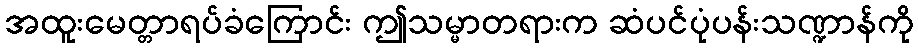
အထူးမေတ္တာရပ်ခံကြောင်း ဤသမ္မာတရားက ဆံပင်ပုံပန်းသဏ္ဍာန်ကို